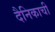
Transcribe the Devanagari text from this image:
दैनिकाची